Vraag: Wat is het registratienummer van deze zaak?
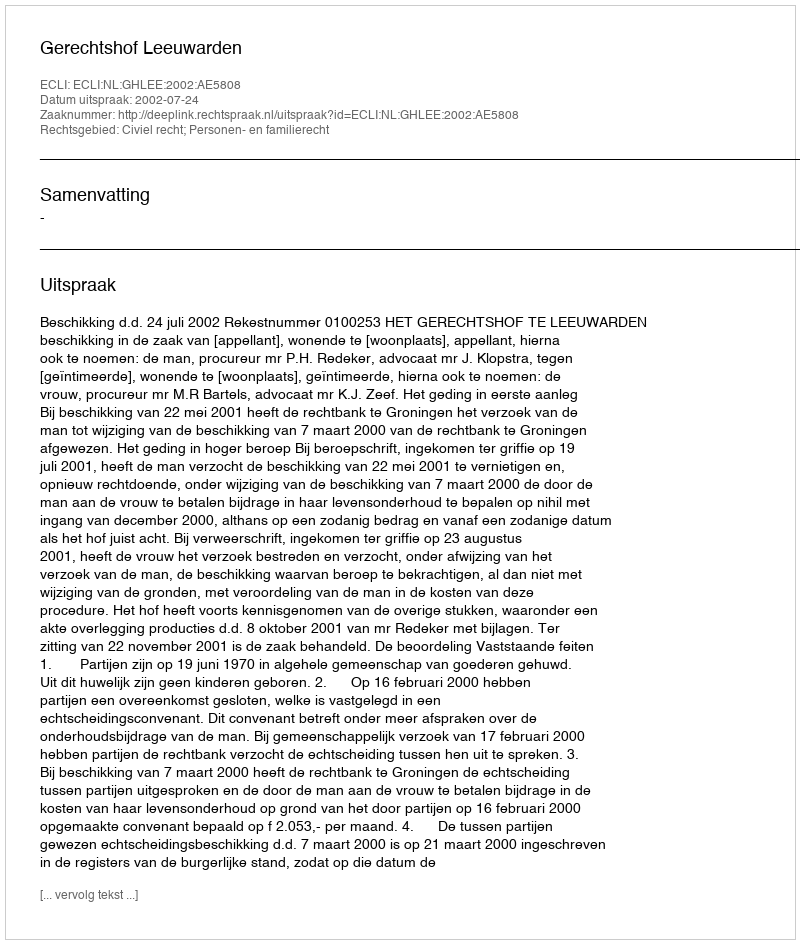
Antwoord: http://deeplink.rechtspraak.nl/uitspraak?id=ECLI:NL:GHLEE:2002:AE5808